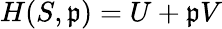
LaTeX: H(S,\mathfrak{p})=U+\mathfrak{p}V